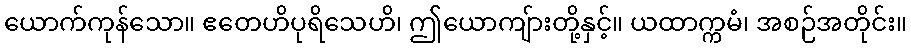
ယောက်ကုန်သော။ ဧတေဟိပုရိသေဟိ၊ ဤယောကျ်ားတို့နှင့်။ ယထာက္ကမံ၊ အစဉ်အတိုင်း။